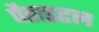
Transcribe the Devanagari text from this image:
पैराइटल